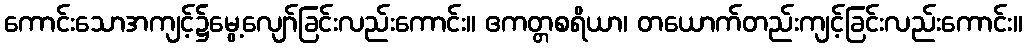
ကောင်းသောအကျင့်၌မွေ့လျော်ခြင်းလည်းကောင်း။ ဧကတ္တစရိယာ၊ တယောက်တည်းကျင့်ခြင်းလည်းကောင်း။